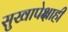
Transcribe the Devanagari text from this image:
सुखापेक्षाही